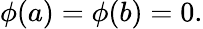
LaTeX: \phi(a)=\phi(b)=0.